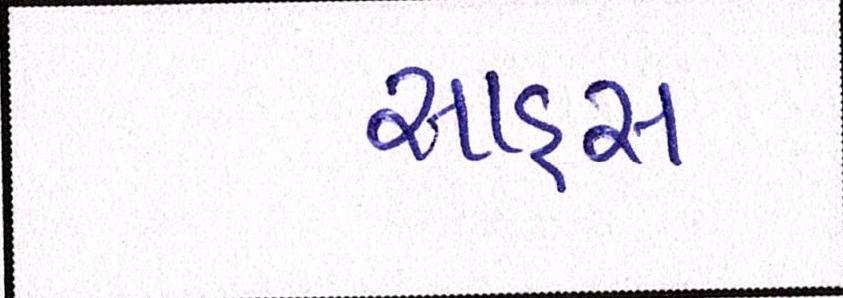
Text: સાહસ